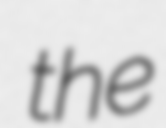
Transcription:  the